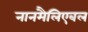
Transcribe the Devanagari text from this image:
नानमैलिएबल